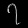
Digit: ၇